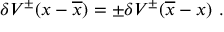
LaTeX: \delta { \cal V } ^ { \pm } ( x - \overline { { x } } ) = \pm \delta { \cal V } ^ { \pm } ( \overline { { x } } - x ) \ .